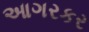
આગરકર